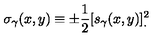
\sigma _ { \gamma } ( x , y ) \equiv \pm { \frac { 1 } { 2 } } [ s _ { \gamma } ( x , y ) ] _ { . } ^ { 2 }